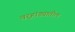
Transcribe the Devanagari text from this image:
वर्‍हांड्यातील